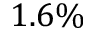
1 . 6 \%